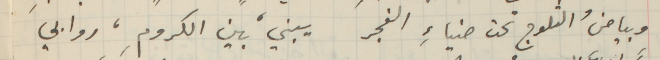
وبياضُ الثلوج تحت ضنياءِ الفجر يبني، بين الكرومِ، روابي